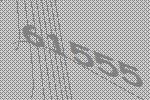
61555